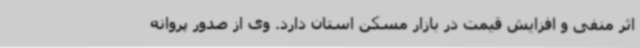
اثر منفی و افزایش قیمت در بازار مسکن استان دارد. وی از صدور پروانه